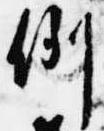
例